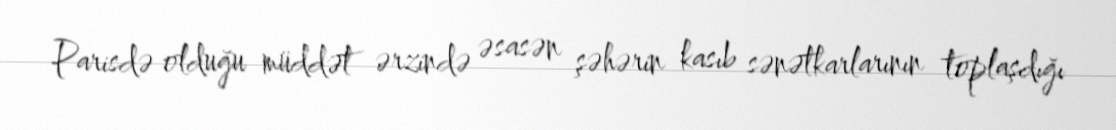
Parisdə olduğu müddət ərzində əsasən şəhərin kasıb sənətkarlarının toplaşdığı